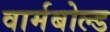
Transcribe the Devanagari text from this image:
वार्मबोल्ड